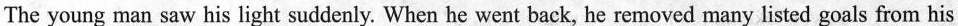
The young man saw his light suddenly. When he went back, he removed many listed goals from his